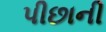
પીછાની